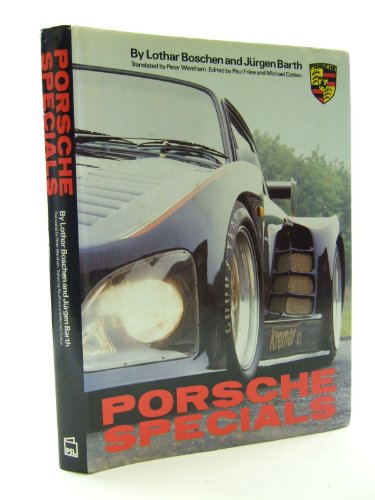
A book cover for Porsche Specials; Lothar Boschen; Engineering & Transportation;